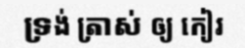
ទ្រង់ ត្រាស់ ឲ្យ កៀរ